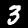
Digit: 3